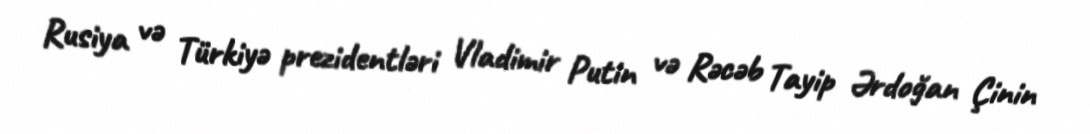
Rusiya və Türkiyə prezidentləri Vladimir Putin və Rəcəb Tayip Ərdoğan Çinin